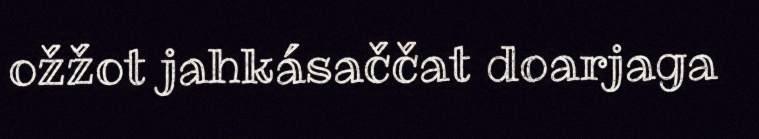
ožžot jahkásaččat doarjaga